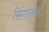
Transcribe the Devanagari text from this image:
सिंगताओं